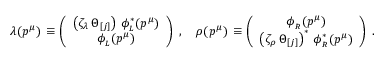
\lambda ( p ^ { \mu } ) \, \equiv \left( \begin{array} { c } { { \left( \zeta _ { \lambda } \, \Theta _ { [ j ] } \right) \, \phi _ { _ L } ^ { \ast } ( p ^ { \mu } ) } } \\ { { \phi _ { _ L } ( p ^ { \mu } ) } } \end{array} \right) \, \, , \quad \rho ( p ^ { \mu } ) \, \equiv \left( \begin{array} { c } { { \phi _ { _ R } ( p ^ { \mu } ) } } \\ { { \left( \zeta _ { \rho } \, \Theta _ { [ j ] } \right) ^ { \ast } \, \phi _ { _ R } ^ { \ast } ( p ^ { \mu } ) } } \end{array} \right) \, \, .